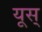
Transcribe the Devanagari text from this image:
यूस्